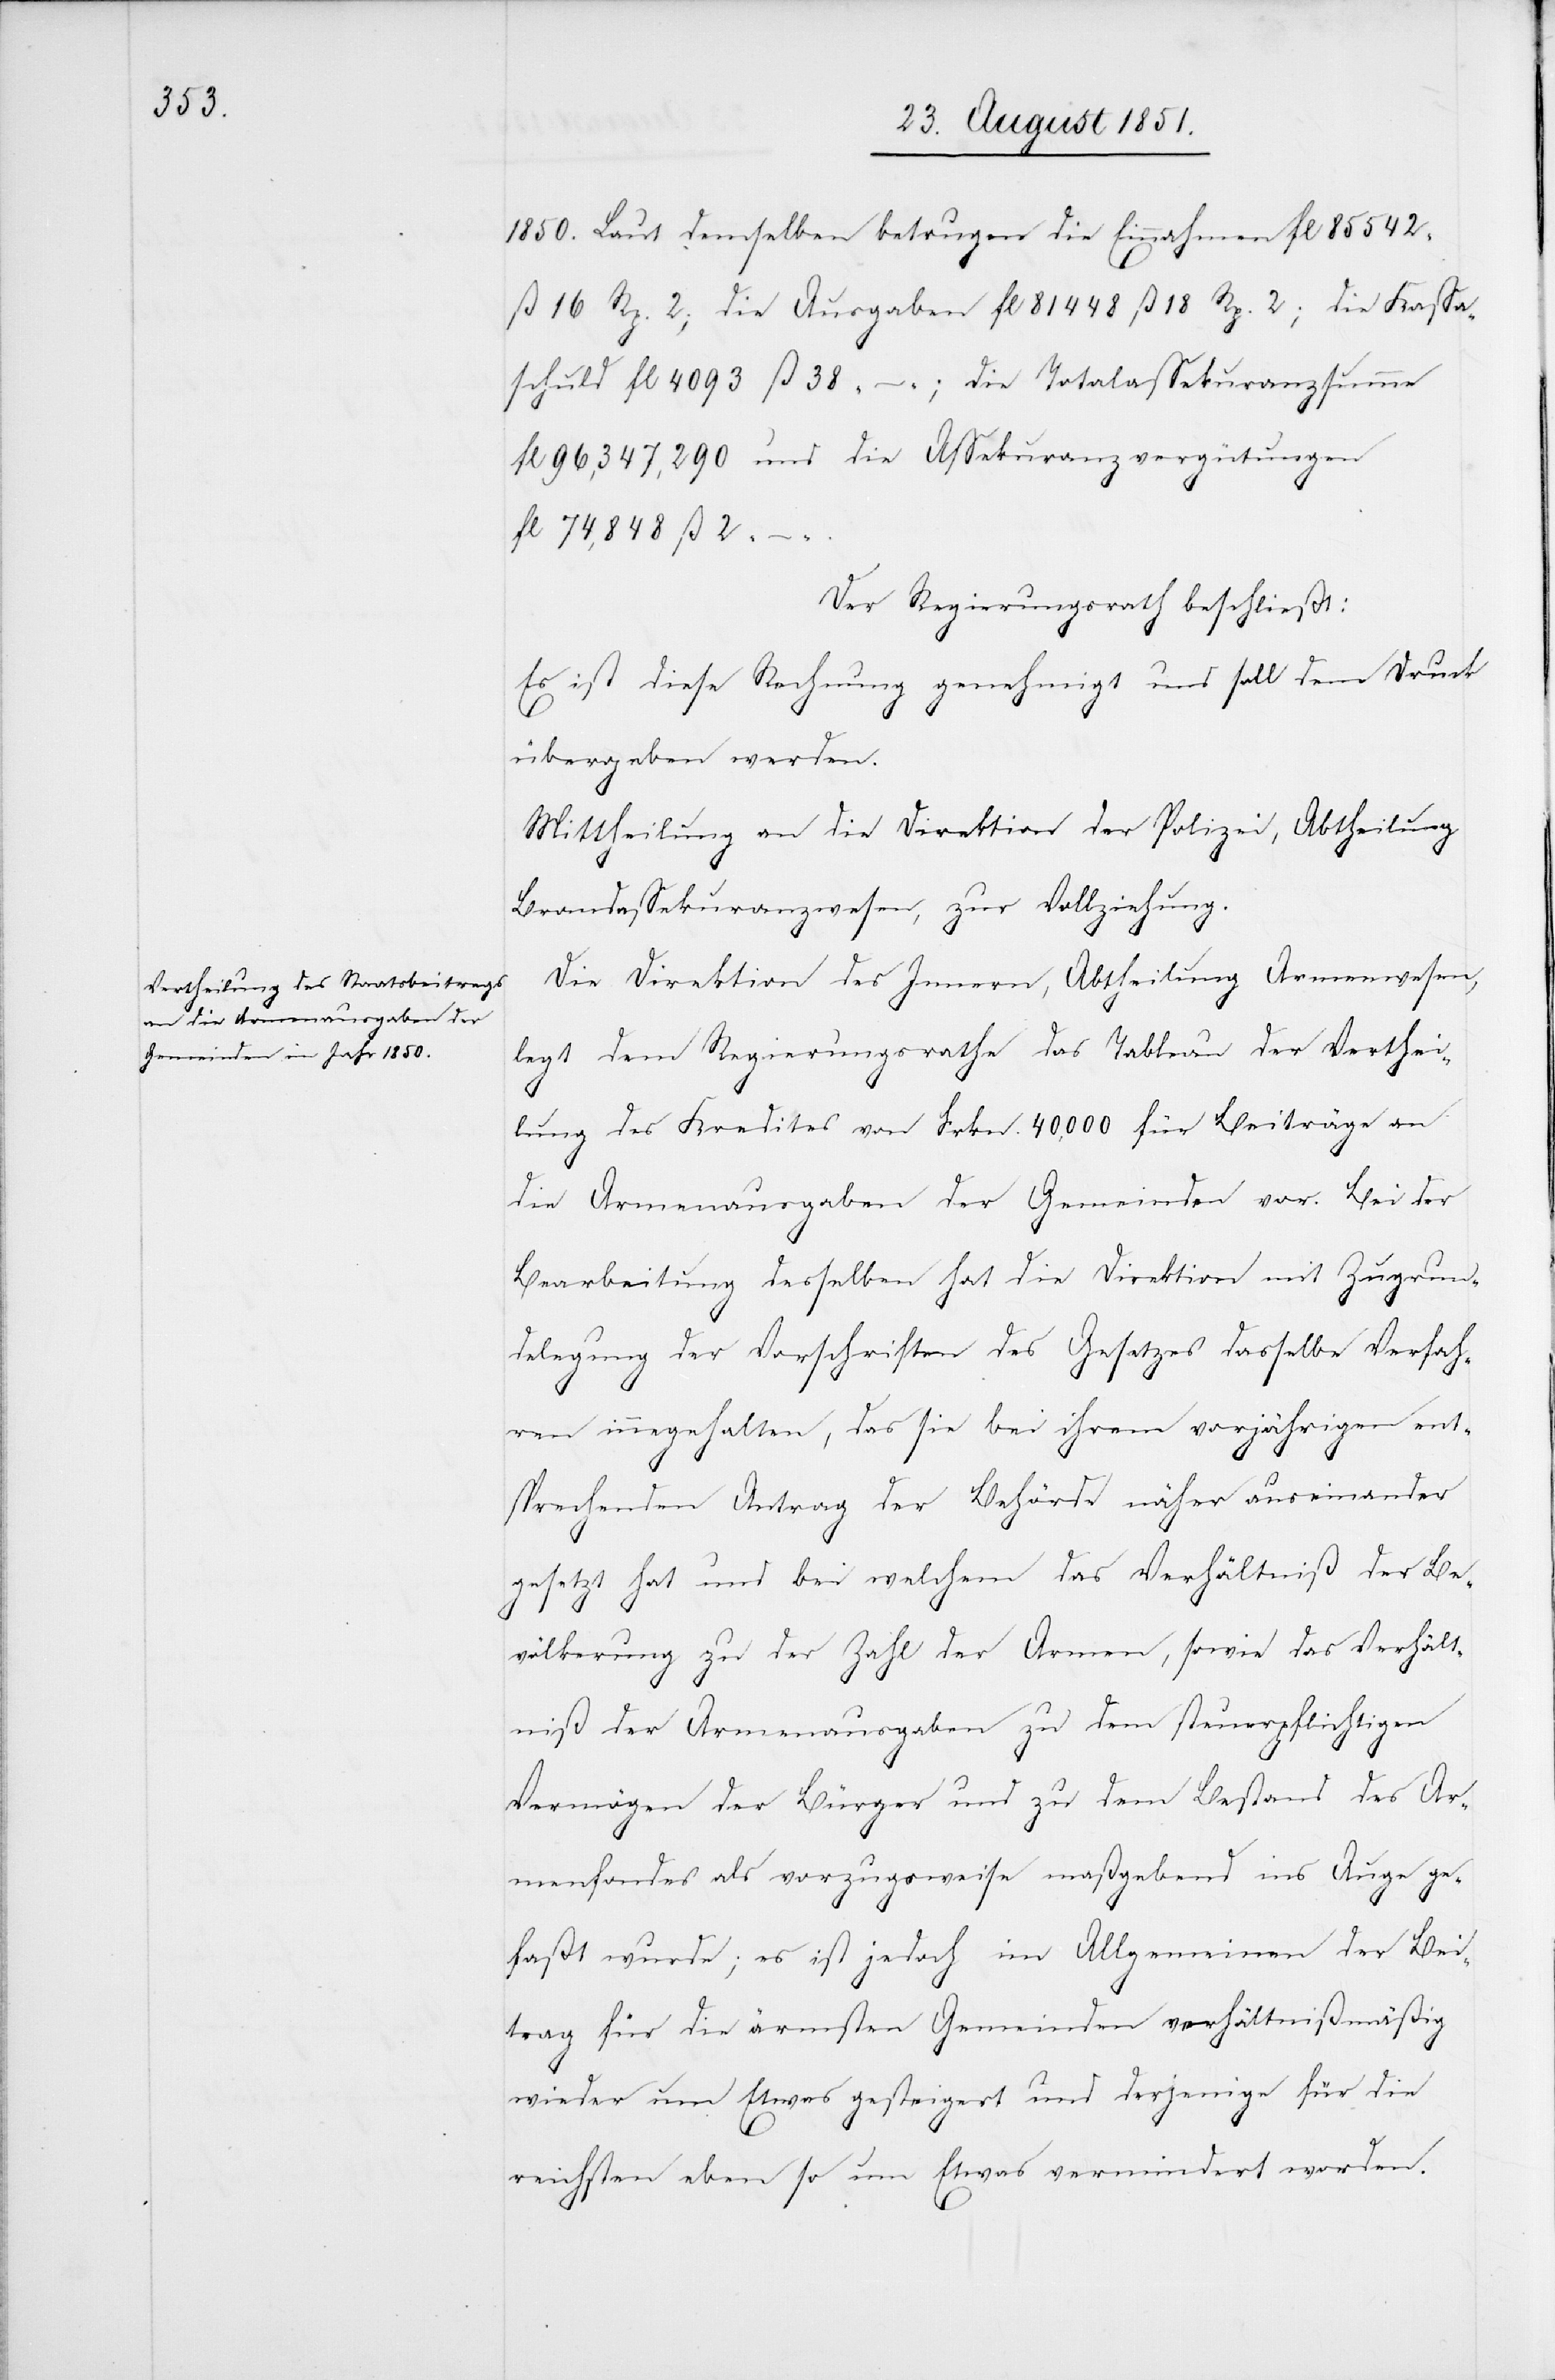
1850. Laut demselben betrugen die Einnahmen fl 85 542
ß 16 Rp. 2; die Ausgaben fl 81 448 ß 18 Rp. 2; die Kassa¬
schuld fl 4093 ß 38 – ; die Totalassekuranzsumme
fl 96,347,290 und die Assekuranzvergütungen
fl 74,848 ß 2
–.
Der Regierungsrath beschließt:
Es ist diese Rechnung genehmigt und soll dem Druck
übergeben werden.
Mittheilung an die Direktion der Polizei, Abtheilung
Brandassekuranzwesen, zur Vollziehung.
Die Direktion des Innern, Abtheilung Armenwesen,
legt dem Regierungsrathe das Tableau der Verthei¬
lung des Kredites von Frkn. 40,000 für Beiträge an
die Armenausgaben der Gemeinden vor. Bei der
Bearbeitung desselben hat die Direktion mit Zugrun¬
delegung der Vorschriften des Gesetzes dasselbe Verfah¬
ren innegehalten, das sie bei ihrem vorjährigen ent¬
sprechenden Antrag der Behörde näher auseinander
gesetzt hat und bei welchem das Verhältniß der Be¬
völkerung zu der Zahl der Armen, sowie das Verhält¬
niß der Armenausgaben zu dem steuerpflichtigen
Vermögen der Bürger und zu dem Bestand des Ar¬
menfondes als vorzugsweise maßgebend ins Auge ge¬
faßt wurde; es ist jedoch im Allgemeinen der Bei¬
trag für die ärmsten Gemeinden verhältnißmäßig
wieder um Etwas gesteigert und derjenige für die
reichsten eben so um Etwas vermindert worden.